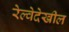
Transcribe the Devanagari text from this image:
रेल्वेदेखील